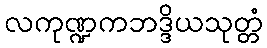
လကုဏ္ဍကဘဒ္ဒိယသုတ္တံ